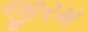
જીરમ